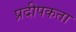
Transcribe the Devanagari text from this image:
प्रदीपकता